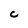
Character: C